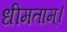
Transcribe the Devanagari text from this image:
धीमताम्।